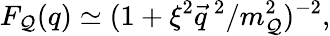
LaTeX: F_{\mathcal{Q}}(q)\simeq(1+\xi^{2}{\vec{{q}}}^{\, 2}/m_{\mathcal{Q}}^{2})^{-2},